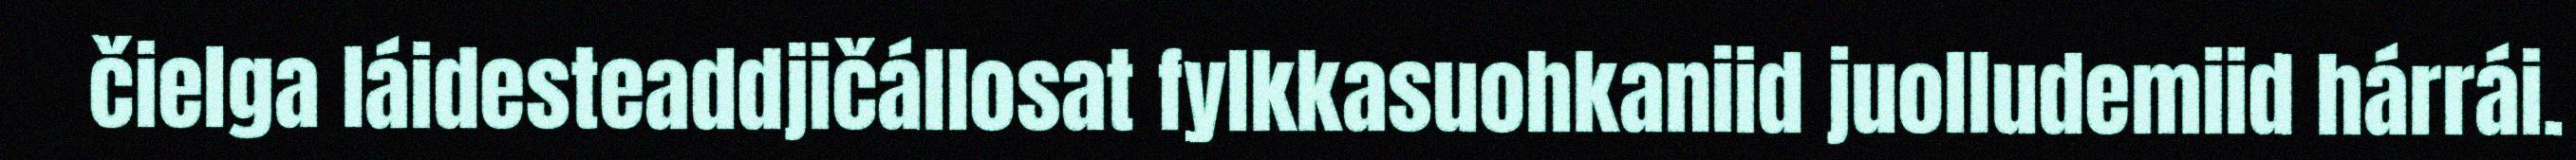
čielga láidesteaddjičállosat fylkkasuohkaniid juolludemiid hárrái.